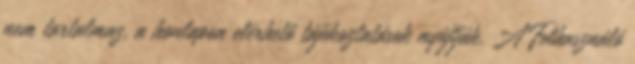
nem tartalmaz, a honlapon elérhető tájékoztatások nyújtják. A Felhasználó